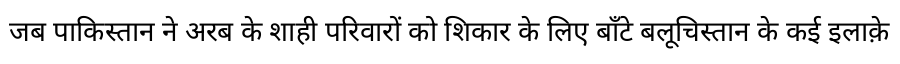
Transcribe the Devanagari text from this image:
जब पाकिस्तान ने अरब के शाही परिवारों को शिकार के लिए बाँटे बलूचिस्तान के कई इलाक़े